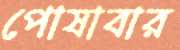
পোষাবার